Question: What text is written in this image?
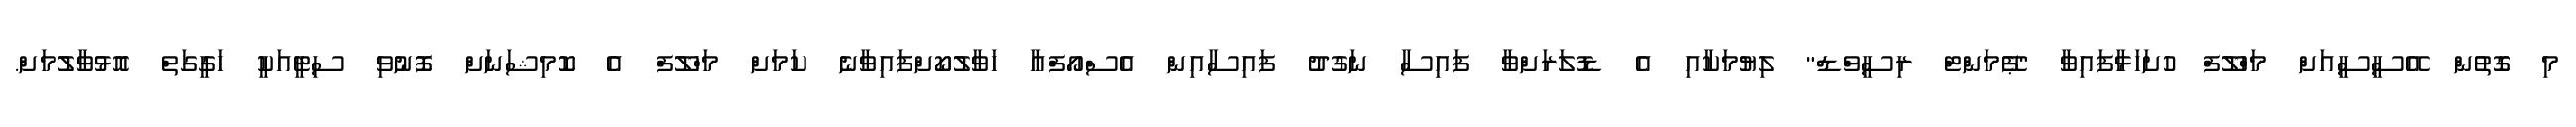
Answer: މި ގޮތުން އޭސީސީއަށް މަހްލޫފް ހުށަހަޅާފައިވާ "ޕޭމަންޓް ރިސީވްޑް" ލިޔުމަކާއި އެ ޑޮލަރަށްވާ ފައިސާ ނަގުދު ފައިސާއިން އެސްއޯފްއާ ހަވާލުކޯށްފައިވާނެ ކަމަށް މަހްލޫފް އެ ކޮމިޝަނަށް ފޮނުވި ސިޓީއަކީ ހަގީގަތް އޮޅުވާލުމަށް.